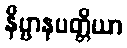
နိဗ္ဗာနပတ္တိယာ